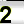
Digit: 2